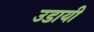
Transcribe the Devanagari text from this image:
उडायी